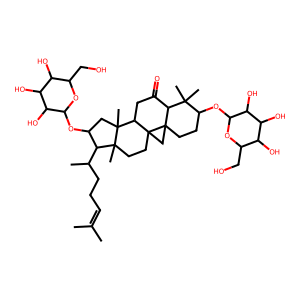
SMILES: CC(C)=CCCC(C)C1C(OC2OC(CO)C(O)C(O)C2O)CC2(C)C3CC(=O)C4C(C)(C)C(OC5OC(CO)C(O)C(O)C5O)CCC45CC35CCC12C
Inhibits HIV replication: No